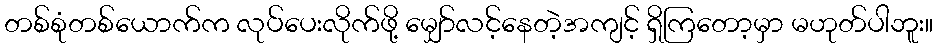
တစ်စုံတစ်ယောက်က လုပ်ပေးလိုက်ဖို့ မျှော်လင့်နေတဲ့အကျင့် ရှိကြတော့မှာ မဟုတ်ပါဘူး။